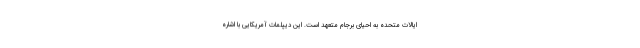
ایالات متحده به احیای برجام متعهد است. این دیپلمات آمریکایی با اشاره